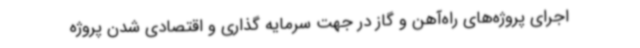
اجرای پروژه‌های راه‌آهن و گاز در جهت سرمایه گذاری و اقتصادی شدن پروژه